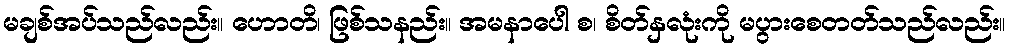
မချစ်အပ်သည်လည်း။ ဟောတိ၊ ဖြစ်သနည်း။ အမနာပေါ စ၊ စိတ်နှလုံးကို မပွားစေတတ်သည်လည်း။